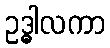
ဥဒ္ဓါလကာ